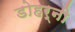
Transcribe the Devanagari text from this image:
डोहर्नी